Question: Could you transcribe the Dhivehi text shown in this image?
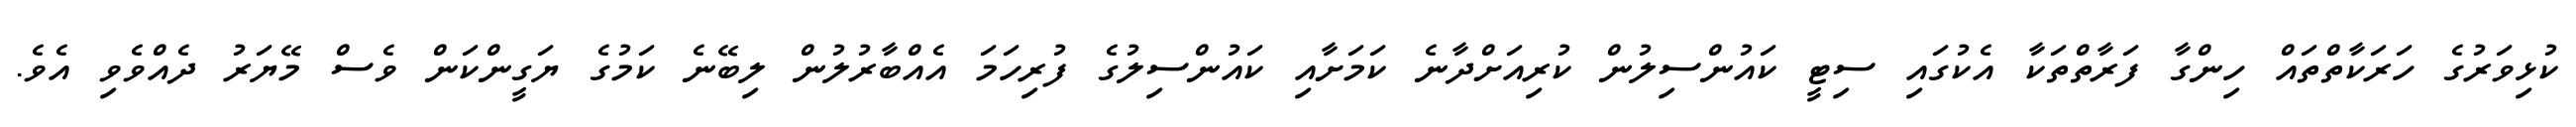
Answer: ކުޅިވަރުގެ ހަރަކާތްތައް ހިންގާ ފަރާތްތަކާ އެކުގައި ސިޓީ ކައުންސިލުން ކުރިއަށްދާނެ ކަމަށާއި ކައުންސިލުގެ ފުރިހަމަ އެއްބާރުލުން ލިބޭނެ ކަމުގެ ޔަގީންކަން ވެސް މޭޔަރު ދެއްވެވި އެވެ.